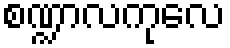
စဏ္ဍာလကုလေ